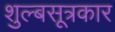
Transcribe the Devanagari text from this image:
शुल्बसूत्रकार